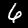
Digit: 6